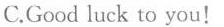
C.Good luck to you!